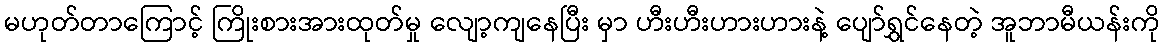
မဟုတ်တာကြောင့် ကြိုးစားအားထုတ်မှု လျော့ကျနေပြီး မှာ ဟီးဟီးဟားဟားနဲ့ ပျော်ရွှင်နေတဲ့ အူဘာမီယန်းကို